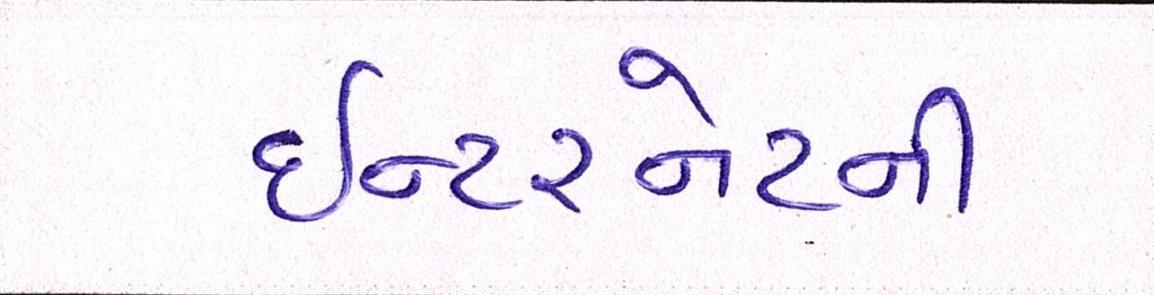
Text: ઈન્ટરનેટની